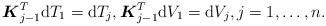
LaTeX: \begin{align*} \boldsymbol{K}_{j-1}^T \mathrm{d} T_1=\mathrm{d} T_{j} , \boldsymbol{K}_{j-1} ^T\mathrm{d} V_1=\mathrm{d} V_{j} ,j=1,\ldots,n .\end{align*}